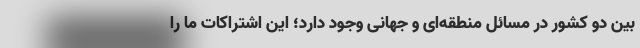
بین دو کشور در مسائل منطقه‌ای و جهانی وجود دارد؛ این اشتراکات ما را